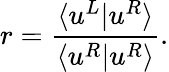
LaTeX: r=\frac{\langle u^{L}|u^{R}\rangle}{\langle u^{R}|u^{R}\rangle}.